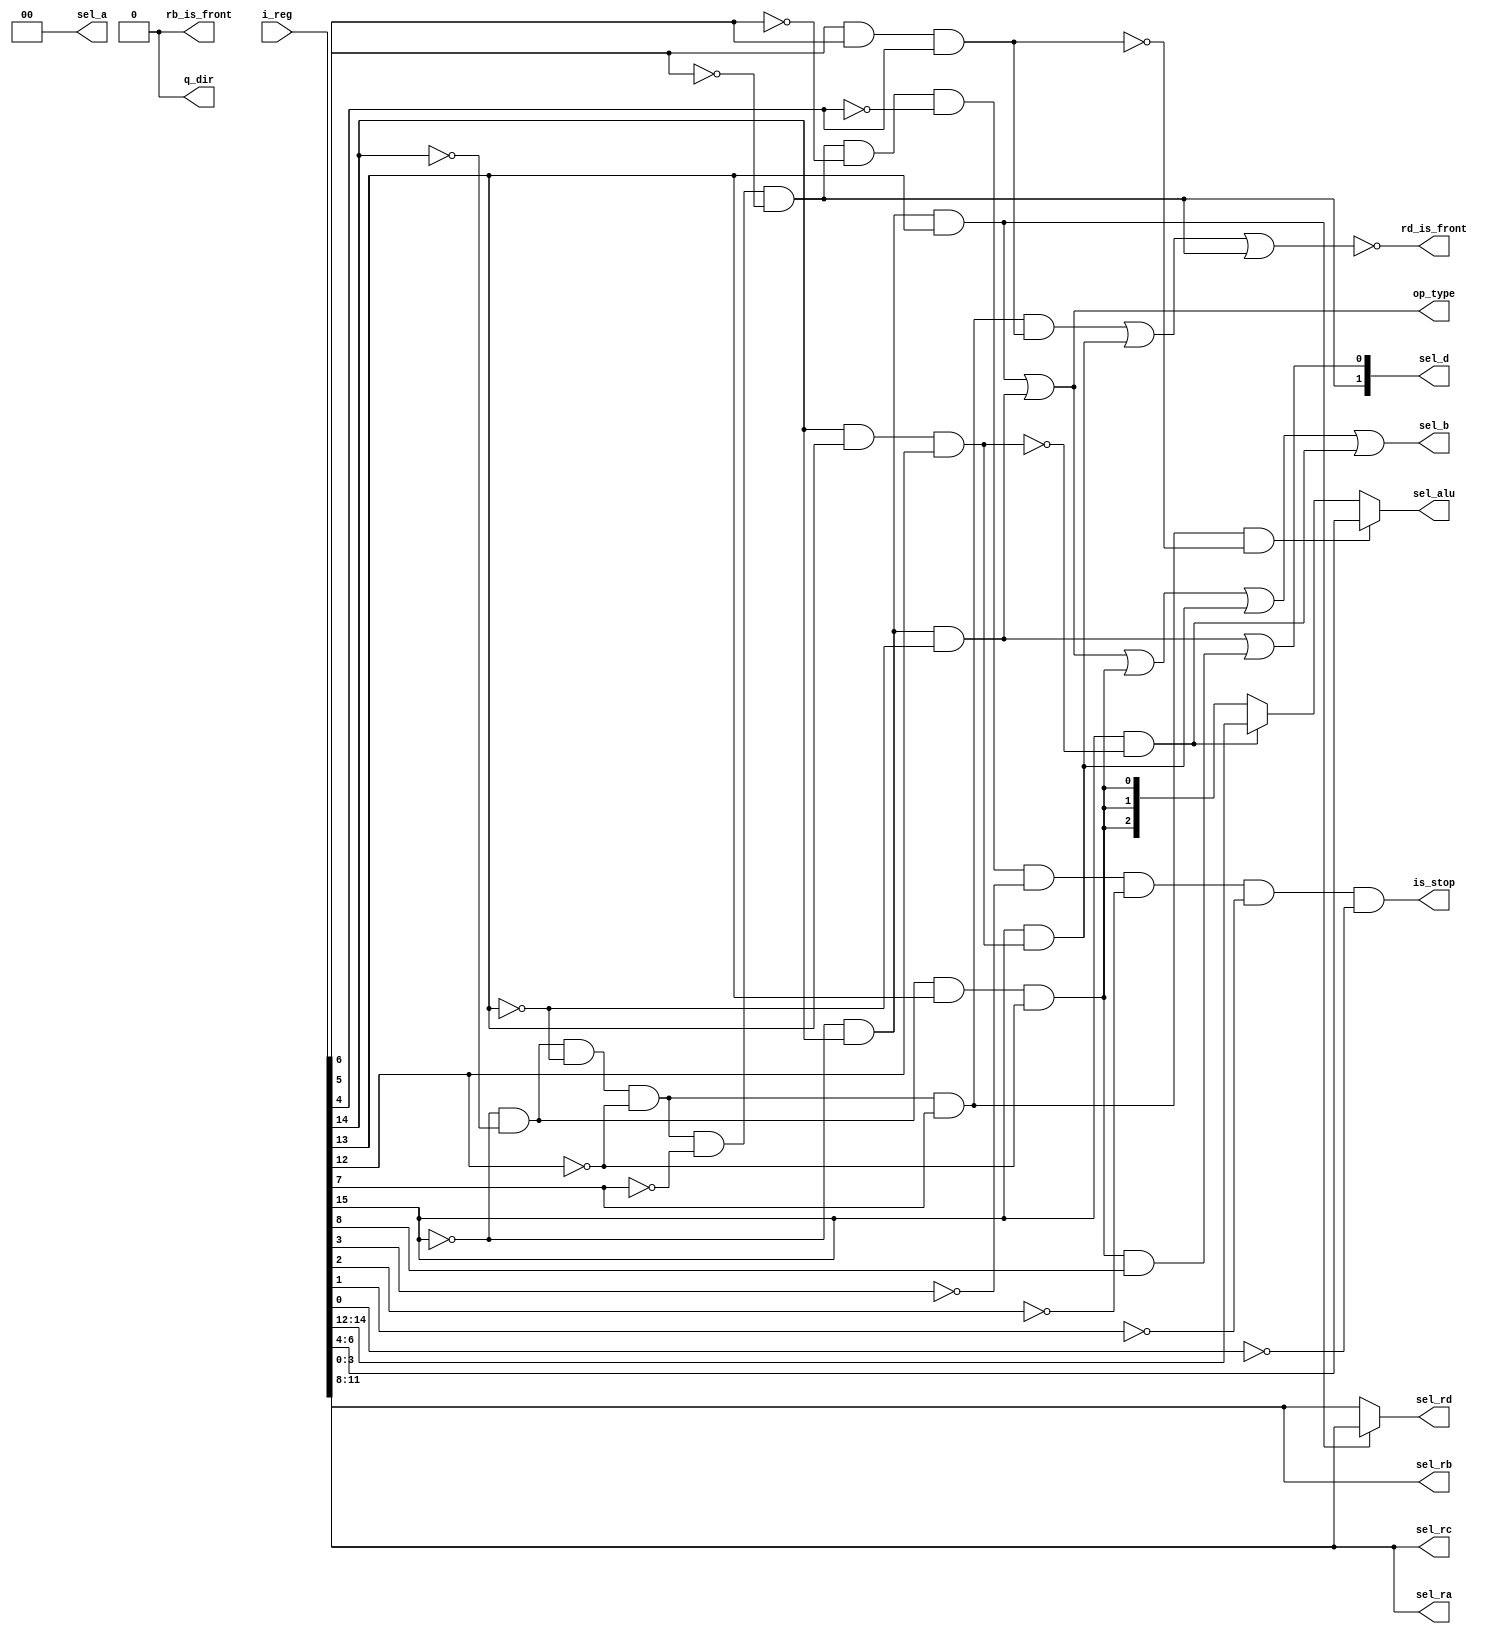

/**
 * sel_a is mux signal for register source A, possible values: Register/QP Indirect Register/Program Counter/QP
 * sel_b is mux signal for register source B, possible values: Register/Immediate
 * sel_d is mux signal for destionation, possible values: Register/Queue Pointer/Program Counter/Memory
**/

module id_unit(
    input wire[15:0]   i_reg,       // Operation to decode
    output wire        is_stop,     // The current Decoded Operation is STOP opcode
    output wire[1:0]   sel_a,       // Select A
    output wire        sel_b,       // Select B
    output wire[1:0]   sel_d,       // Select Destination
    output wire        rb_is_front, // If sel_b is register ignore sel_rb and use front queue pointer as register address
    output wire        rd_is_front, // if sel_d is register ignore sel_rd and use front queue pointer as register address
    output wire[3:0]   sel_ra,      // Register A selector 
    output wire[3:0]   sel_rb,      // Register B selector
    output wire[3:0]   sel_rc,      // Register C selector
    output wire[3:0]   sel_rd,      // Select D register
    output wire[2:0]   sel_alu,     // ALU operation
    output wire        q_dir,       // Queue Direction
    output wire        op_type      // Op Type: ALU Operation/Memory
);

wire maybe_movr = i_reg[6] & i_reg[5] & i_reg[4];
wire maybe_movi = i_reg[14] & i_reg[13] & i_reg[12];

wire is_alu_r_q = 1'b0;

// 0000 aaaa 1fff bbbb where fff != 111     alu r,r -> front
wire is_alu_rr_q = ~i_reg[15] & ~i_reg[14] & ~i_reg[13] & ~i_reg[12] & i_reg[7] & ~maybe_movr;

// 1fff aaaa iiii iiii where fff != 111     alu r,i -> front
wire is_alu_ri_q = i_reg[15] & ~maybe_movi;

wire is_alu_r_r = ~i_reg[15] & ~i_reg[14] & ~i_reg[13] & ~i_reg[12] & i_reg[7] & maybe_movr;    // variant with fff = 111
wire is_alu_i_r = i_reg[15] & maybe_movi;                                                       // variant with fff = 111

// 0000 aaaa 0001 0000 goto
wire is_jump_r = ~i_reg[15] & ~i_reg[14] & ~i_reg[13] & ~i_reg[12] & ~i_reg[7] & ~i_reg[6];
wire is_jump_i = 1'b0; // next version

// 0010 0010 iiii iiii   u -> front
wire is_ld = ~i_reg[15] & ~i_reg[14] & i_reg[13] & ~i_reg[12];
wire is_ld_q = is_ld & i_reg[8];
wire is_ld_mem = ~i_reg[15] & i_reg[14] & i_reg[13];
wire is_st_mem = ~i_reg[15] & i_reg[14] & ~i_reg[13];

wire is_control_op = ~i_reg[15] & ~i_reg[14] & ~i_reg[13] & ~i_reg[12] & ~i_reg[7] & ~i_reg[6] & ~i_reg[5] & ~i_reg[4];

// TODO check privilege
/* 0000 xxxx 0000 0000   stop     -- 0 level -- stop the cpu */
assign is_stop = is_control_op & ~i_reg[3] & ~i_reg[2] & ~i_reg[1] & ~i_reg[0];

assign op_type = is_ld_mem | is_st_mem;

assign sel_a = {is_jump_i, 1'b0}; //complete
assign sel_b = is_jump_i | is_ld_mem | is_st_mem | is_ld | is_alu_i_r | is_alu_ri_q;

assign rb_is_front = 0; // next version

assign sel_alu = is_alu_rr_q ? i_reg[6:4] : ( is_alu_ri_q ? i_reg[14:12] : { is_ld, is_ld, is_ld } );

assign sel_ra = i_reg[11:8];
assign sel_rb = i_reg[3:0];
assign sel_rc = i_reg[11:8];

assign sel_d = {is_jump_r | is_jump_i, is_st_mem | is_ld_q};

assign rd_is_front = ~(is_alu_r_r | is_alu_i_r | is_jump_i | is_jump_r);

assign sel_rd = is_ld_mem ? i_reg[11:8] : i_reg[3:0];

assign q_dir = 1'b0;

endmodule